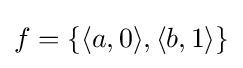
f=\{\langle a,0\rangle ,\langle b,1\rangle \}